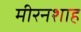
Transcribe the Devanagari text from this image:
मीरनशाह